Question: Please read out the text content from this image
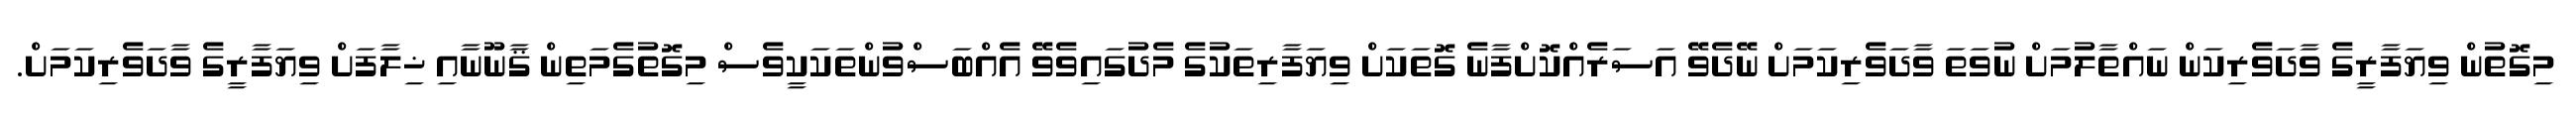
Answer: މިގޮތުން ވިޔަފާރީގެ ވާދަވެރިކަން ނައްތާލުމަށް ނުވަތަ ވާދަވެރިކަމަށް ނޭދެވޭ އަސަރެއްކޮށްފާނެ ގޮތަކަށް ވިޔަފާރިތަކުގެ މެދުގައިވެވޭ އެއްބަސްވުންތަކަކީވެސް މިގޮތުގެމަތިން ޤާނޫނާއި ޚިލާފަށް ވިޔަފާރީގެ ވާދަވެރިކަމަށް.